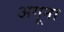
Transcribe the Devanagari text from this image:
अगूना